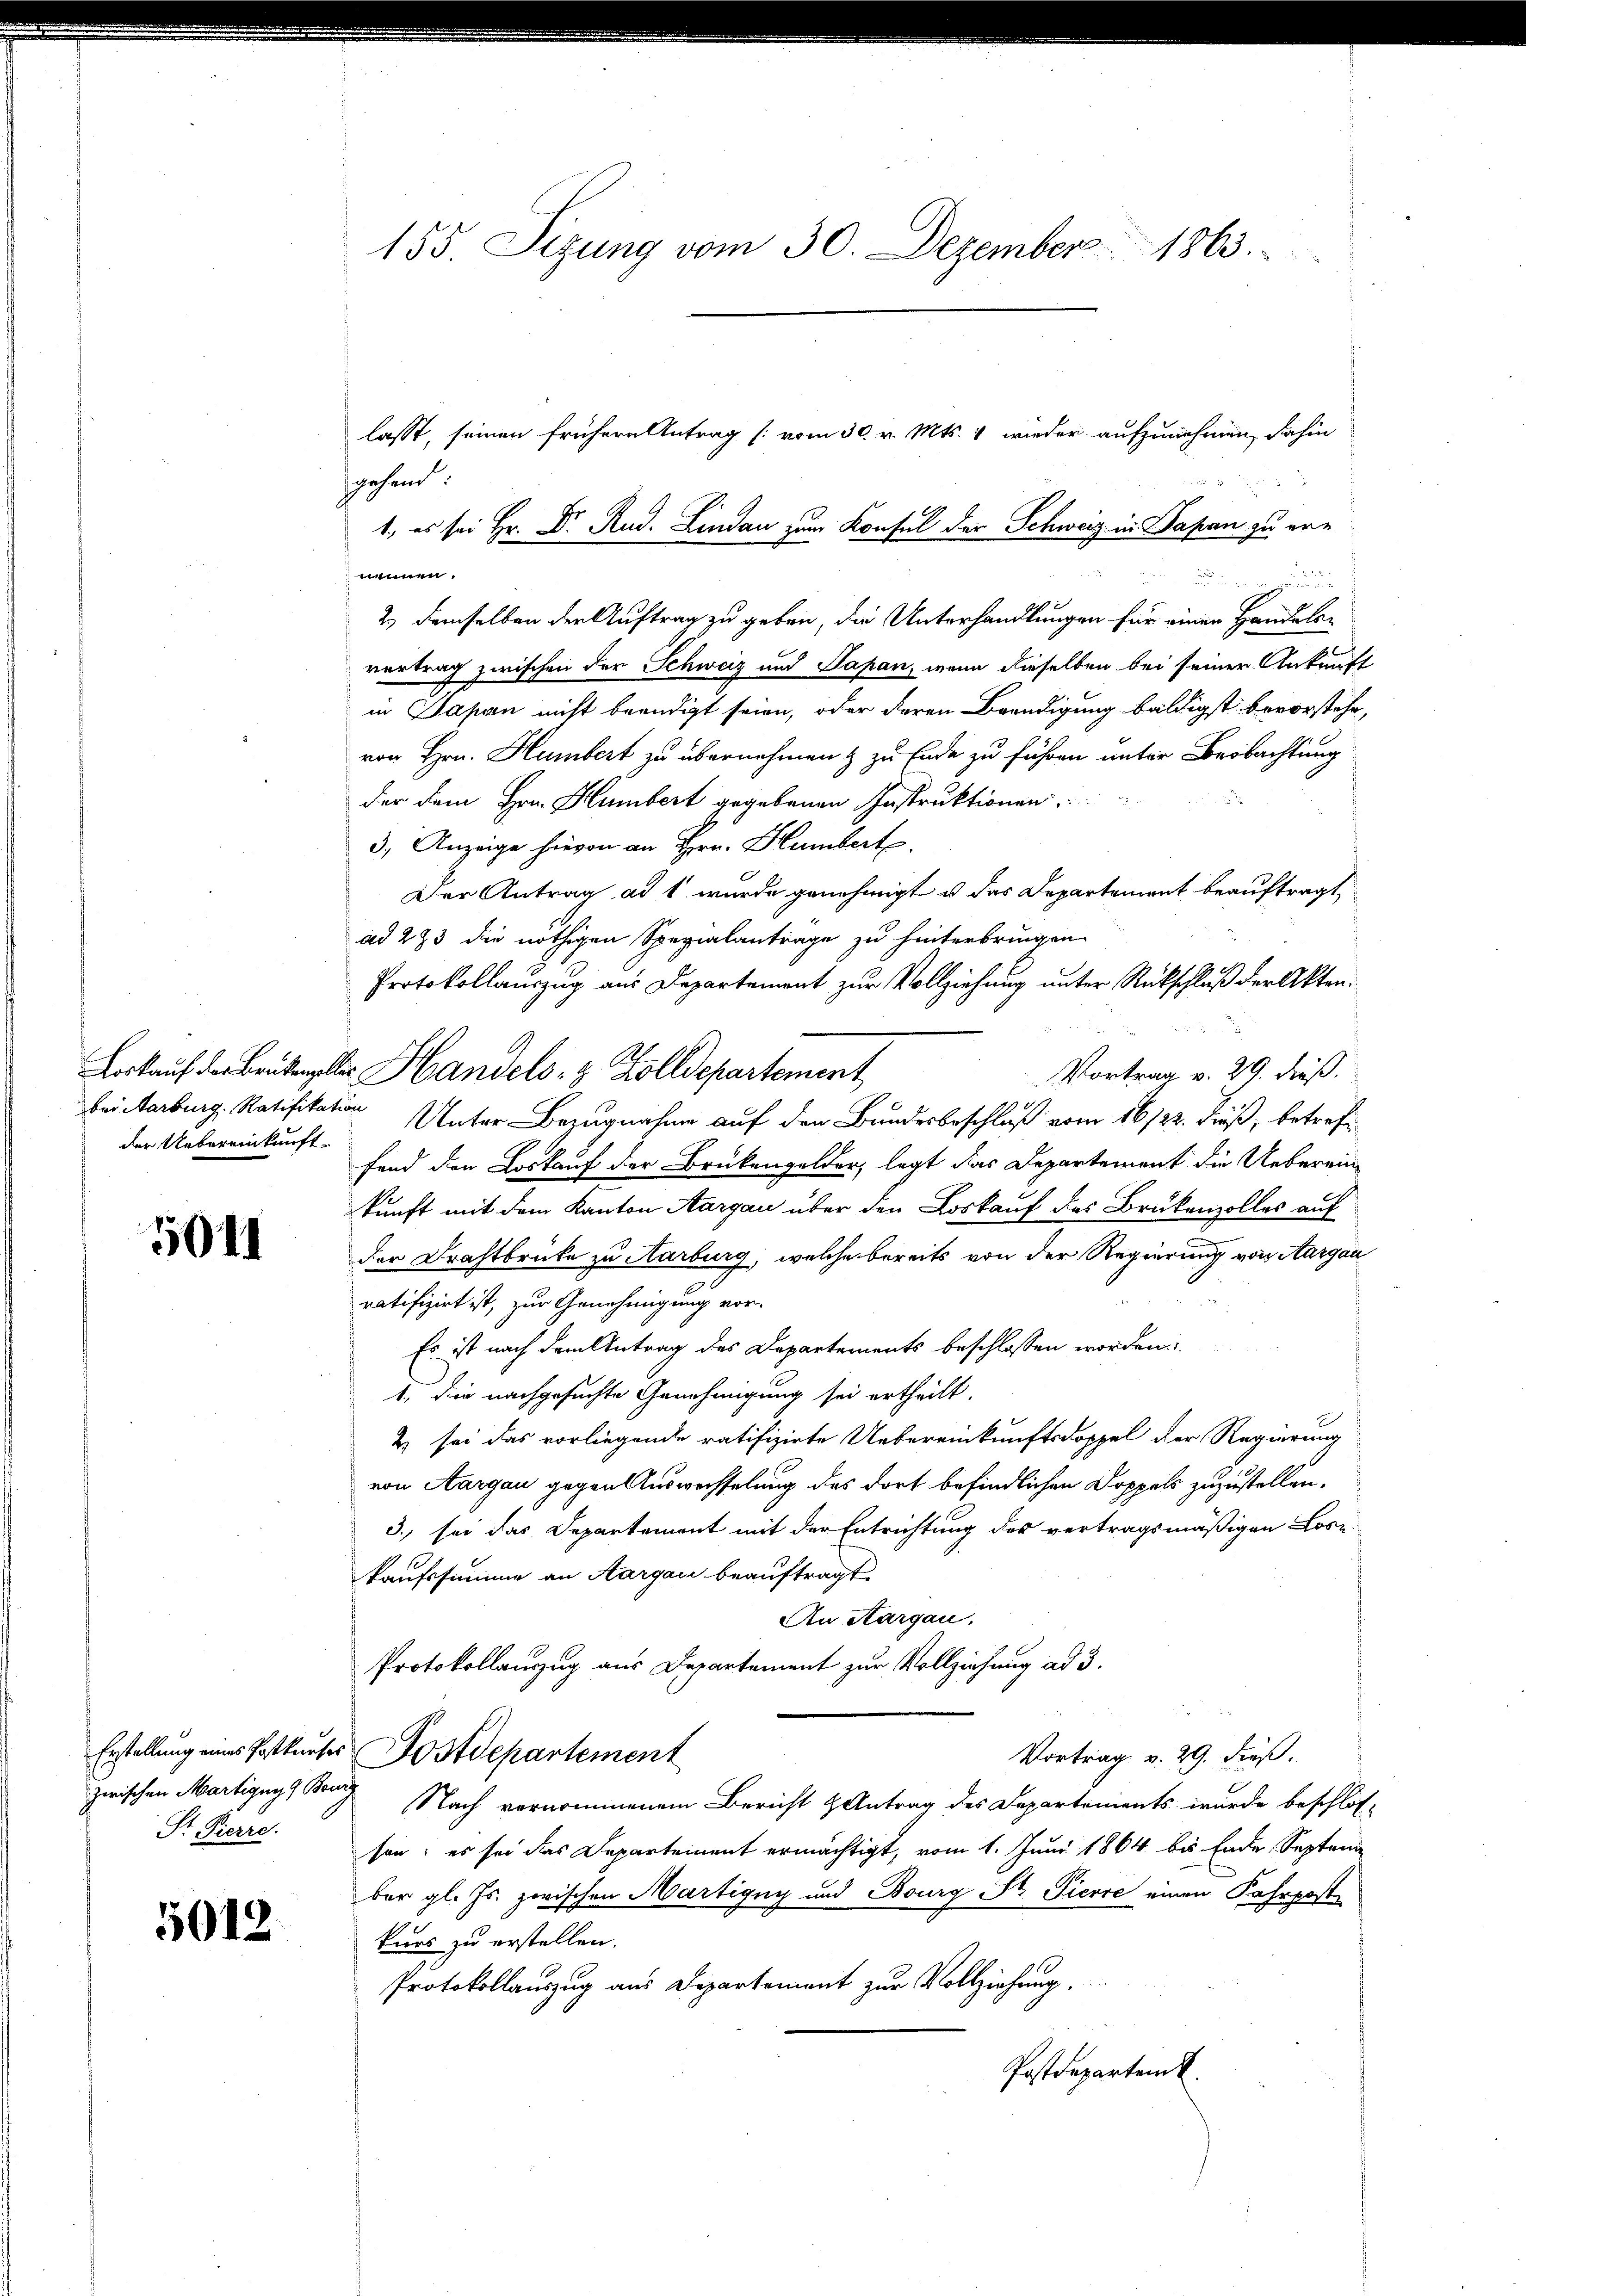
der Uebereinkunft

5014

zwischen Martigung & Banng
Sr Pierre.

5012

155. Sizung vom 30. Dezember 1863.

lasst, seinen frühern Antrag (vom 30. v. Mts. 1 wieder aufzunehmen, dahin
gehend:
DR. Lina zum Konsul der Schweiz in Papan zu ere
nennen.
dus der
2.) demselben der Auftrag zu geben, die Unterhandlungen für einen Handeln
vortrag zwischen der Schweiz und Papan, wenn dieselben bei seiner Ankunft
in Japan nicht beendigt seien, oder deren Beendigung baldigst bevorstehe,
von Hrn. Hambert zu übernehmen & zu Ende zu führen unter Beobachtung
der dem Hrn. Hümbert gegebenen Instruktionen
3.) Anzeige hievon an Hrn. Blumbert.
Der Antrag ad 1 wurde genehmigt u das Departement beauftragt,
ad 273 die nöthigen Spezialantrage zu hinterbringen
Protokollauszug aus Departement zur Vollziehung unter Rückschluß der Akten¬
Loskauf der Brükeller Handels- & Zolldepartement
Vortrag v. 29. dieß.
bei Marburg. Ratifikation Unter Bezugnahme auf den Bundesbeschluß vom 16/22. dieß, betreffand den Loskauf der Brükengelder, legt das Departement die Ueberein-
kunft mit dem Kanton Aargau über den Loskauf des Brukenzolles auf
der Drahtbrücke zu Aarburg, welche bereits von der Regierung von Aargau
ratifizirt ist, zur Genehmigung vor-
Es ist nach dem Antrag des Departements beschlossen worden
1. Die nachgesuchte Genehmigung sei ertheilt.
& sei das vorliegende ratifizirte Uebereinkunftsdoppel der Regierung
von Aargau gegen Auswechselung des dort befindlichen Doppels zuzustellen.
3. sei das Departement mit der Entrichtung des vertragsmäßigen Lose.
kaufssumme an Aargau beauftragt.
An Aargau.
Protokollauszug aus Departement zur Vollziehung ad 3.
Erstellung eines Postkurser Postdepartement
Vortrag v. 29. dieß.
Nach vernommenem Bericht Antrag des Departements wurde beschlos-
sen; es sei das Departement ermächtigt, vom 1. Juni 1864 bis Ende Septen
ber gl. Js. zwischen Martigny und Bourg St. Pierre einen Fahrpost
kurs zu erstellen.
Protokollauszug aus Departement zur Vollziehung.
Postdepartem